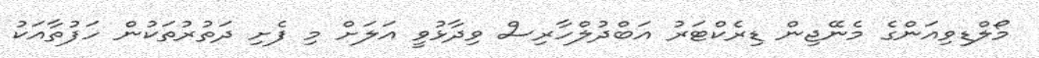
މޯލްޑިވިއަންގެ މެނޭޖިން ޑިރެކްޓަރު އަބްދުލްހާރިސް ވިދާޅުވީ އަލަށް މި ފެށި ދަތުރުތަކުން ހަފުތާއަކު